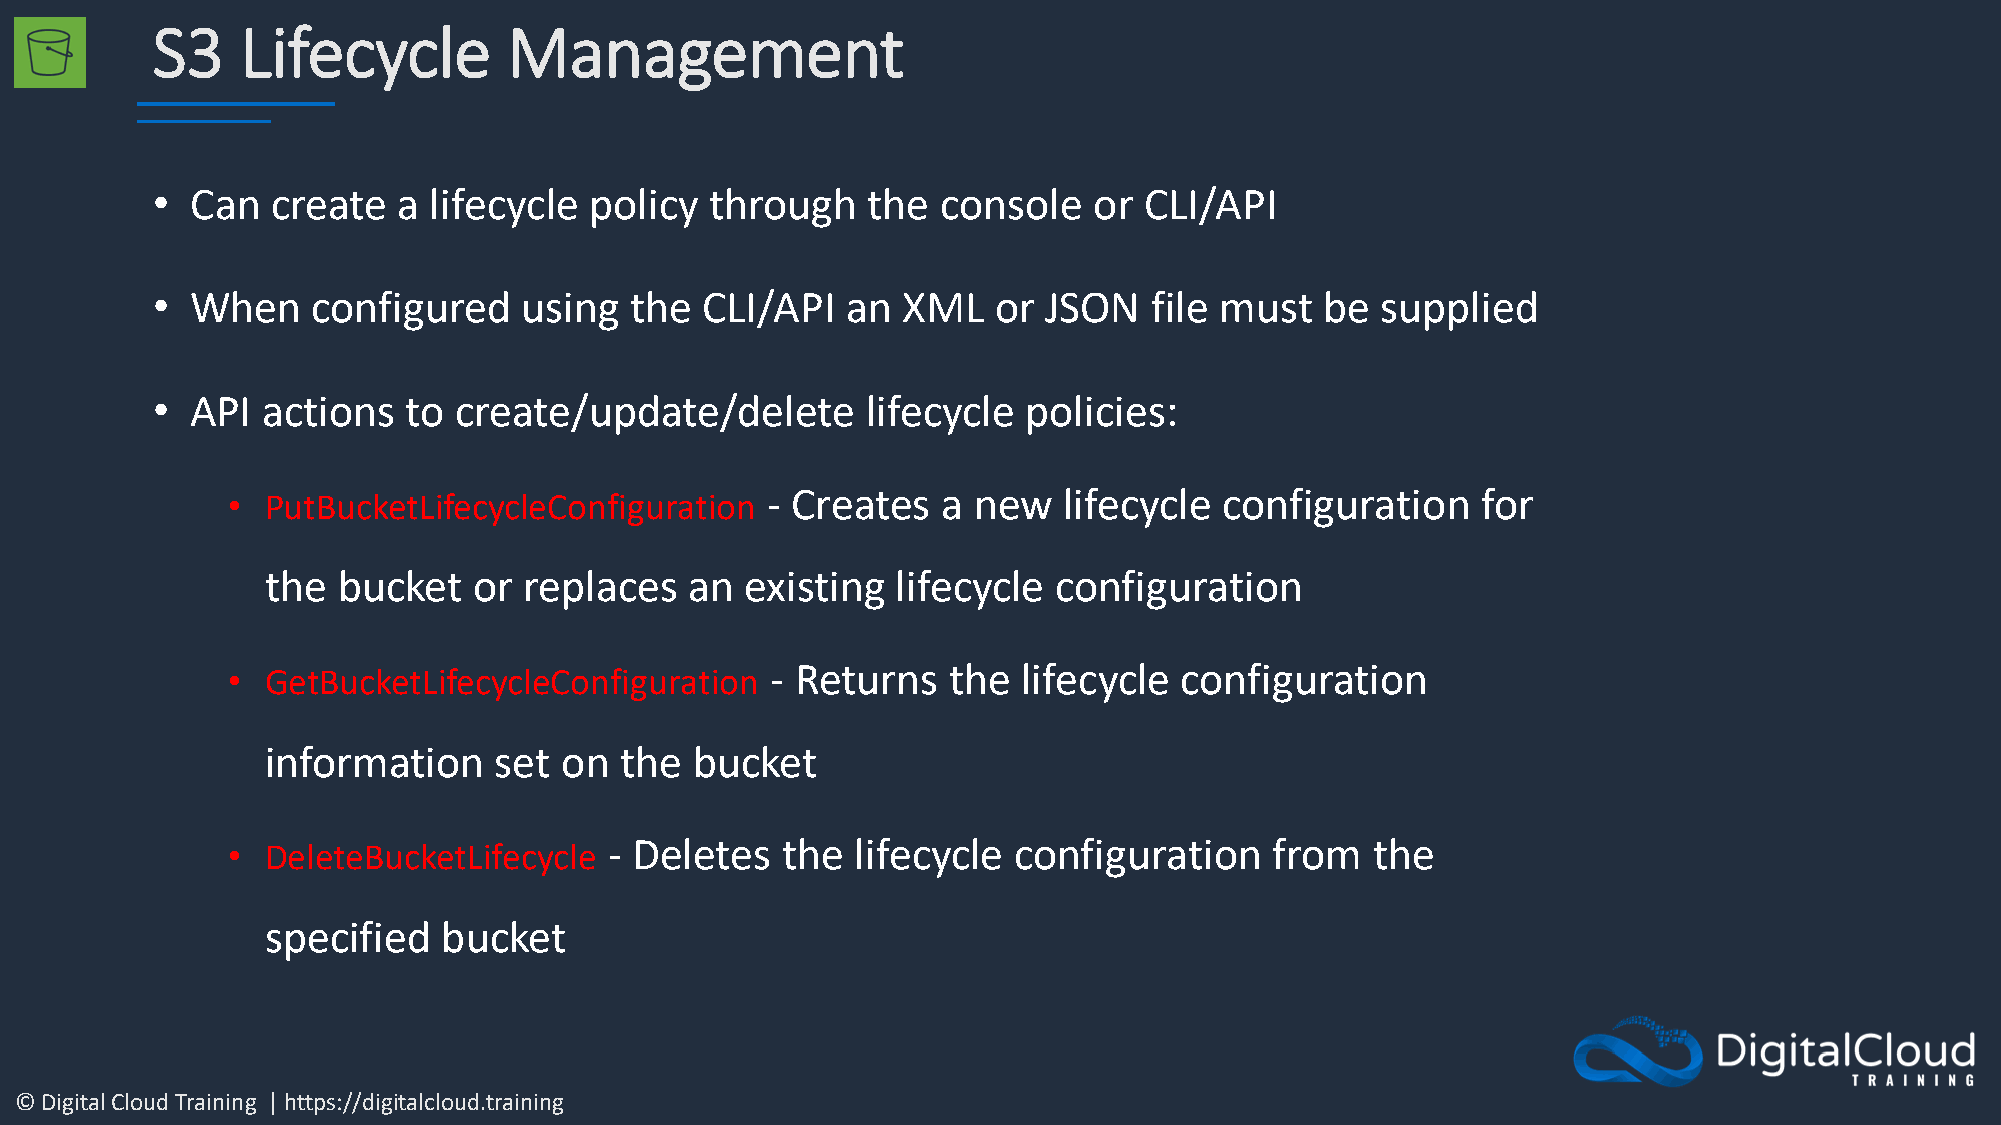
S3    Lifecycle         Management
 •  Can  create  a lifecycle  policy  through   the  console   or  CLI/API
 •  When    configured    using  the  CLI/API  an  XML   or JSON   file must   be supplied
 •  API actions   to create/update/delete       lifecycle  policies:
 •  PutBucketLifecycleConfiguration  - Creates  a new   lifecycle  configuration    for
 the bucket   or  replaces   an existing  lifecycle  configuration
 •  GetBucketLifecycleConfiguration  - Returns   the  lifecycle configuration
 information    set on  the  bucket
 •  DeleteBucketLifecycle - Deletes   the  lifecycle configuration    from   the
 specified  bucket
 © Digital Cloud Training | https://digitalcloud.training